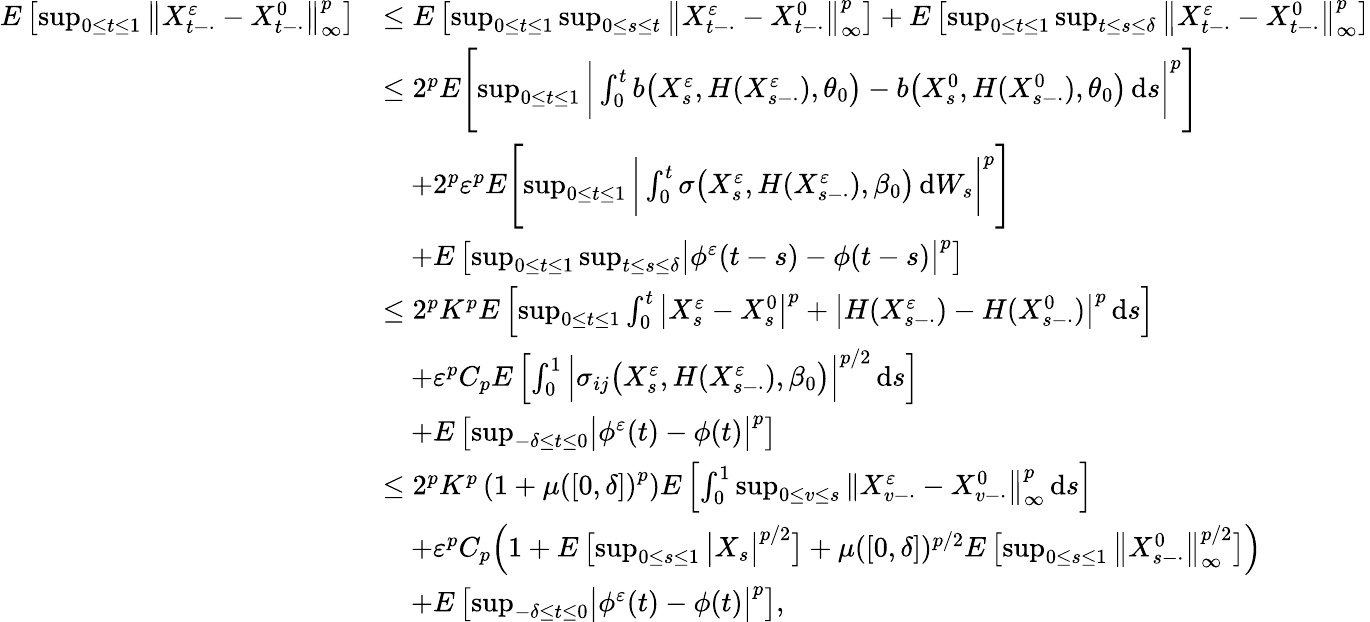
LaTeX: \begin{array}{rl}{E\left[\operatorname*{sup}_{0\leq t\leq 1}\left\| X_{t-\cdot}^{\varepsilon}-X_{t-\cdot}^{0}\right\| _{\infty}^{p}\right]}&{\leq E\left[\operatorname*{sup}_{0\leq t\leq 1}\operatorname*{sup}_{0\leq s\leq t}\big\| X_{t-\cdot}^{\varepsilon}-X_{t-\cdot}^{0}\big\| _{\infty}^{p}\right]+E\left[\operatorname*{sup}_{0\leq t\leq 1}\operatorname*{sup}_{t\leq s\leq\delta}\big\| X_{t-\cdot}^{\varepsilon}-X_{t-\cdot}^{0}\big\| _{\infty}^{p}\right]}\\ &{\leq 2^{p}E\Biggl[\operatorname*{sup}_{0\leq t\leq 1}\bigg|\int_{0}^{t}b\big(X_{s}^{\varepsilon},H(X_{s-\cdot}^{\varepsilon}),\theta_{0}\big)-b\big(X_{s}^{0},H(X_{s-\cdot}^{0}),\theta_{0}\big)\, \mathrm{d}s\bigg|^{p}\Biggr]}\\ &{\quad+2^{p}\varepsilon^{p}E\Biggl[\operatorname*{sup}_{0\leq t\leq 1}\bigg|\int_{0}^{t}\sigma\big(X_{s}^{\varepsilon},H(X_{s-\cdot}^{\varepsilon}),\beta_{0}\big)\, \mathrm{d}W_{s}\bigg|^{p}\Biggr]}\\ &{\quad+E\left[\operatorname*{sup}_{0\leq t\leq 1}\operatorname*{sup}_{t\leq s\leq\delta}\bigl|\phi^{\varepsilon}(t-s)-\phi(t-s)\bigr|^{p}\right]}\\ &{\leq 2^{p}K^{p}E\left[\operatorname*{sup}_{0\leq t\leq 1}\int_{0}^{t}\big|X_{s}^{\varepsilon}-X_{s}^{0}\big|^{p}+\big|H(X_{s-\cdot}^{\varepsilon})-H(X_{s-\cdot}^{0})\big|^{p}\, \mathrm{d}s\right]}\\ &{\quad+\varepsilon^{p}C_{p}E\left[\int_{0}^{1}\Big|\sigma_{ij}\big(X_{s}^{\varepsilon},H(X_{s-\cdot}^{\varepsilon}),\beta_{0}\big)\Big|^{p/2}\, \mathrm{d}s\right]}\\ &{\quad+E\left[\operatorname*{sup}_{-\delta\leq t\leq 0}\bigl|\phi^{\varepsilon}(t)-\phi(t)\bigr|^{p}\right]}\\ &{\leq 2^{p}K^{p}\left(1+\mu\left([0,\delta]\right)^{p}\right)E\left[\int_{0}^{1}\operatorname*{sup}_{0\leq v\leq s}\| X_{v-\cdot}^{\varepsilon}-X_{v-\cdot}^{0}\big\| _{\infty}^{p}\, \mathrm{d}s\right]}\\ &{\quad+\varepsilon^{p}C_{p}\Big(1+E\left[\operatorname*{sup}_{0\leq s\leq 1}\big|X_{s}\big|^{p/2}\right]+\mu([0,\delta])^{p/2}E\left[\operatorname*{sup}_{0\leq s\leq 1}\big\| X_{s-\cdot}^{0}\big\| _{\infty}^{p/2}\right]\Big)}\\ &{\quad+E\left[\operatorname*{sup}_{-\delta\leq t\leq 0}\bigl|\phi^{\varepsilon}(t)-\phi(t)\bigr|^{p}\right],}\end{array}